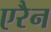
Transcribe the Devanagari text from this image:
एरैन